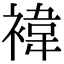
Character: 褘